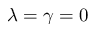
\lambda = \gamma = 0